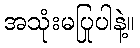
အသုံးမပြုပါနဲ့။